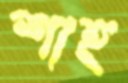
শাহ